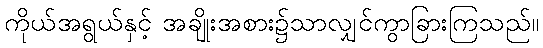
ကိုယ်အရွယ်နှင့် အချိုးအစား၌သာလျှင်ကွာခြားကြသည်။